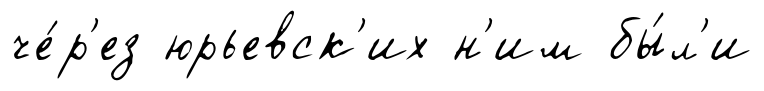
че́р'ез юрьевск'их н'им бы́л'и